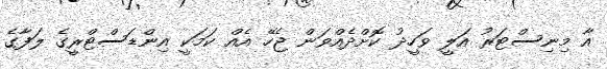
އާ މިނިސްޓަރު އަލީ ވަހީދު ކޮށްދެއްވަން ޖެހޭ އެއް ކަމަކީ އިންޑަސްޓްރީގެ ލަފާގެ